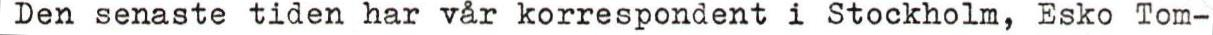
Den senaste tiden har vår korrespondent i Stockholm, Esko Tom-